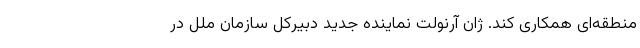
منطقه‌ای همکاری کند. ژان آرنولت نماینده جدید دبیرکل سازمان ملل در